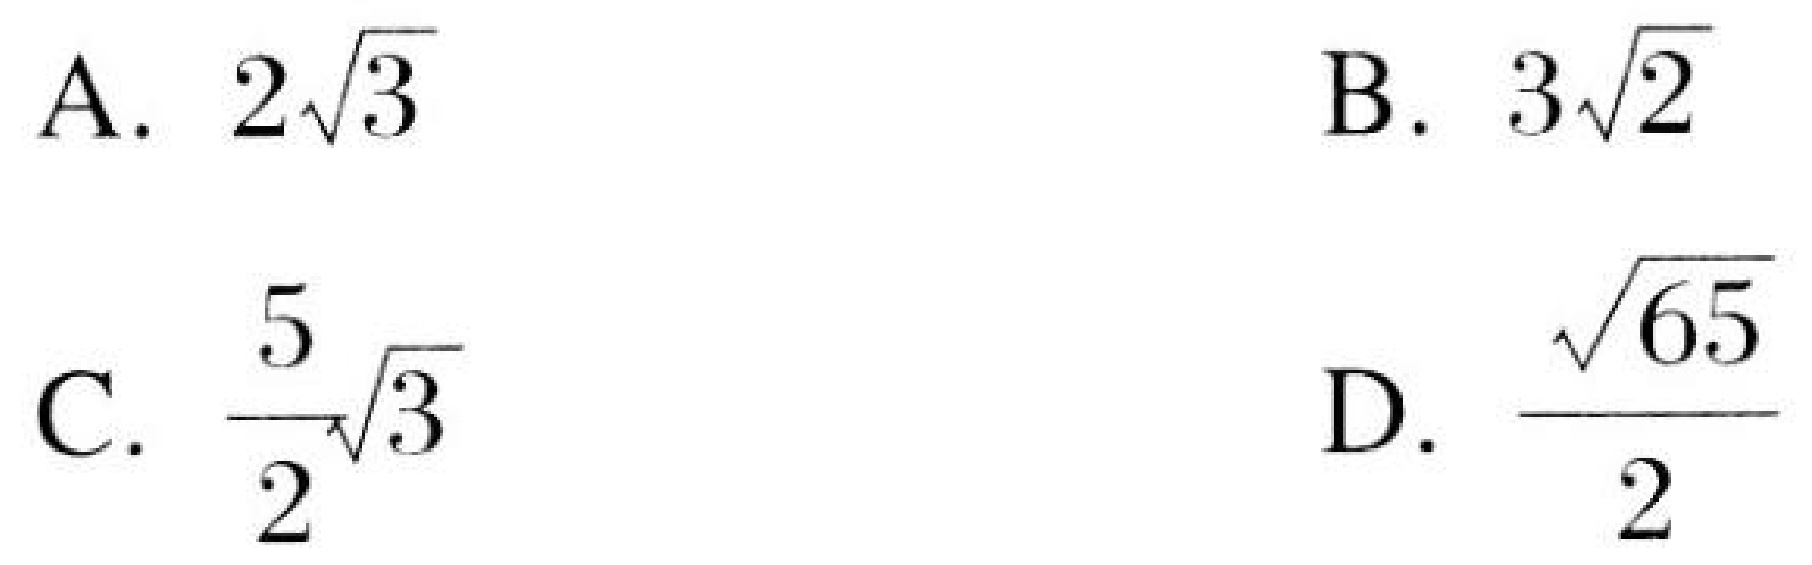
A. \(2\sqrt{3}\)  B. \(3\sqrt{2}\)  C. \(\frac{5}{2}\sqrt{3}\)  D. \(\frac{\sqrt{65}}{2}\)